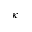
\kappa